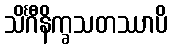
သိင်္ဂီနိက္ခသတဿာပိ